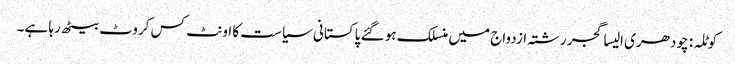
کوٹلہ : چودھری الیسا گجر رشتہ ازدواج میں منسلک ہو گئے	 پاکستانی سیاست کا اونٹ کس کروٹ بیٹھ رہا ہے۔